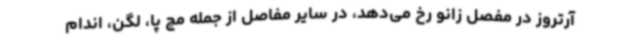
آرتروز در مفصل زانو رخ می‌دهد، در سایر مفاصل از جمله مچ پا، لگن، اندام